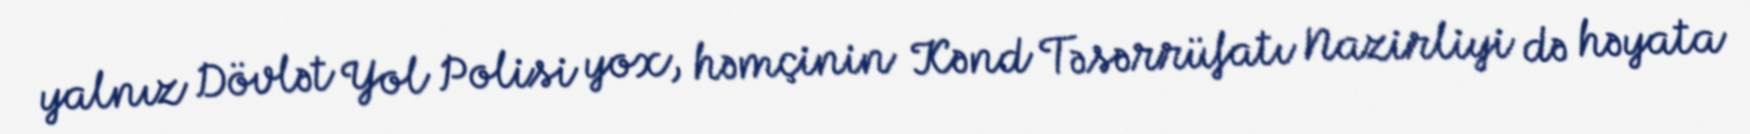
yalnız Dövlət Yol Polisi yox, həmçinin Kənd Təsərrüfatı Nazirliyi də həyata